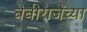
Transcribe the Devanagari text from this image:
बेबीराजेंच्या